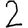
Digit: 2